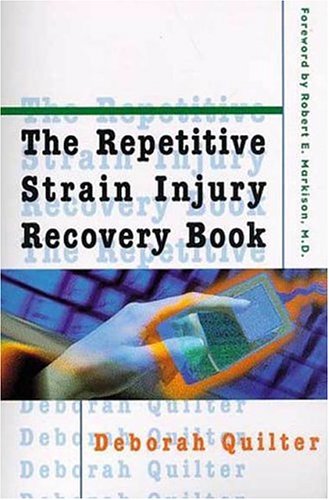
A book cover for The Repetitive Strain Injury Recovery Book; Deborah Quilter; Health, Fitness & Dieting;